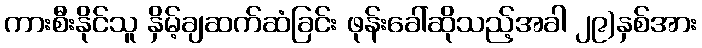
ကားစီးနိုင်သူ နှိမ့်ချဆက်ဆံခြင်း ဖုန်းခေါ်ဆိုသည့်အခါ ၂၉)နှစ်အား